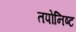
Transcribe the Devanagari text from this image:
तपोनिष्ट